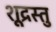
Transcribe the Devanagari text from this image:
शूद्रस्तु